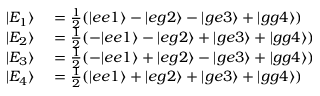
\begin{array} { r l } { | E _ { 1 } \rangle } & { { } = \frac { 1 } { 2 } ( | e e 1 \rangle - | e g 2 \rangle - | g e 3 \rangle + | g g 4 \rangle ) } \\ { | E _ { 2 } \rangle } & { { } = \frac { 1 } { 2 } ( - | e e 1 \rangle - | e g 2 \rangle + | g e 3 \rangle + | g g 4 \rangle ) } \\ { | E _ { 3 } \rangle } & { { } = \frac { 1 } { 2 } ( - | e e 1 \rangle + | e g 2 \rangle - | g e 3 \rangle + | g g 4 \rangle ) } \\ { | E _ { 4 } \rangle } & { { } = \frac { 1 } { 2 } ( | e e 1 \rangle + | e g 2 \rangle + | g e 3 \rangle + | g g 4 \rangle ) } \end{array}